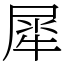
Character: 犀